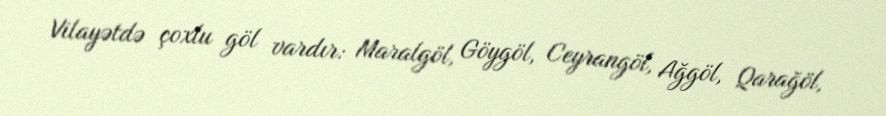
Vilayətdə çoxlu göl vardır: Maralgöl, Göygöl, Ceyrangöl, Ağgöl, Qarağöl,